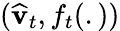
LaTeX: (\widehat{\mathbf v}_{t},f_{t}(.))